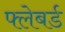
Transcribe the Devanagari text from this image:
फ्लेबर्ड